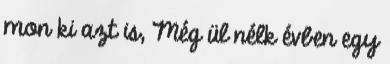
mon ki azt is, Még ül nélk évben egy